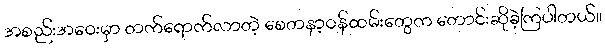
အစည်းအဝေးမှာ တက်ရောက်လာတဲ့ စေတနာ့ဝန်ထမ်းတွေက တောင်းဆိုခဲ့ကြပါတယ်။